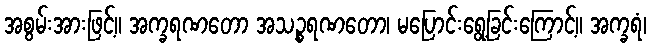
အစွမ်းအားဖြင့်။ အက္ခရဏတော အသဉ္စရဏတော၊ မပြောင်းရွေ့ခြင်းကြောင့်။ အက္ခရံ၊